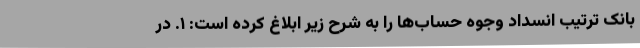
بانک ترتیب انسداد وجوه حساب‌ها را به شرح زیر ابلاغ کرده است: ۱. در